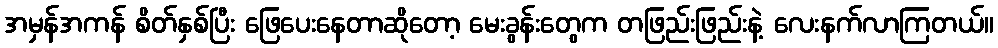
အမှန်အကန် စိတ်နှစ်ပြီး ဖြေပေးနေတာဆိုတော့ မေးခွန်းတွေက တဖြည်းဖြည်းနဲ့ လေးနက်လာကြတယ်။